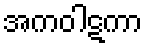
အကဝါဋကာ